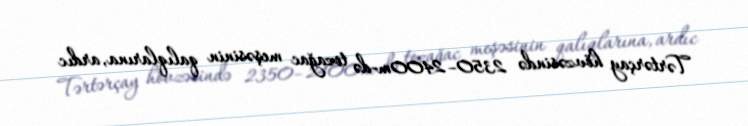
Tərtərçay hövzəsində 2350–2400m-də tozağac meşəsinin qalıqlarına, ardıc